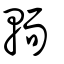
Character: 輀